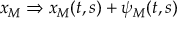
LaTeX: x _ { M } \Rightarrow x _ { M } ( t , s ) + \psi _ { M } ( t , s )